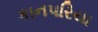
કાનપરિયા